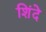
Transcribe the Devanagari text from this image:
शिंदे